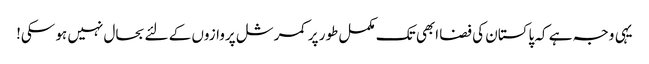
یہی وجہ ہے کہ پاکستان کی فضا ابھی تک مکمل طور پر کمرشل پروازوں کے لئے بحال نہیں ہو سکی!